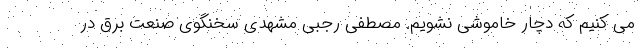
می کنیم که دچار خاموشی نشویم. مصطفی رجبی مشهدی سخنگوی صنعت برق در